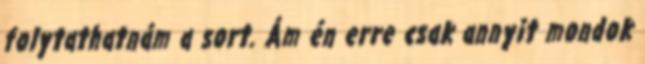
folytathatnám a sort. Ám én erre csak annyit mondok